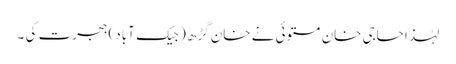
لہٰذا حاجی خان مستوئی نے خان گڑھ ( جیک آباد) ہجرت کی ۔